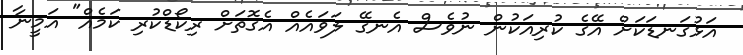
އަޅުގަނޑަކަށް އޭގެ ކުރިއަކުން ނުވެސް އެނގޭ ލަވައެއް އެގޮތަށް ރިކޯޑްކުރި ކަމެއް" އަމީނާ